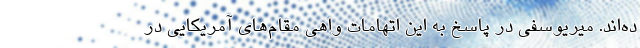
ده‌اند. میریوسفی در پاسخ به این اتهامات واهی مقام‌های آمریکایی در